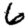
Digit: 6